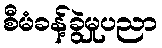
စီမံခန့်ခွဲမှုပညာ